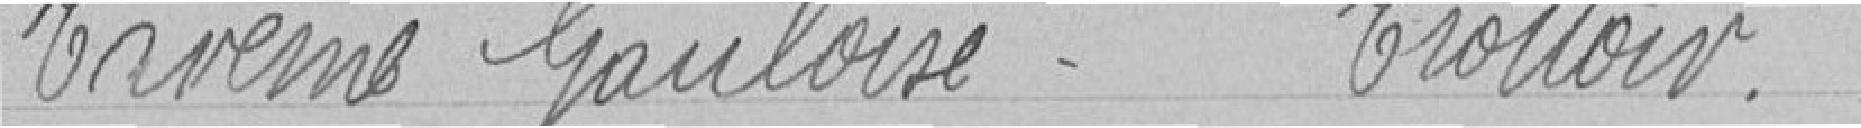
Avenue gauloise.   Trottoir